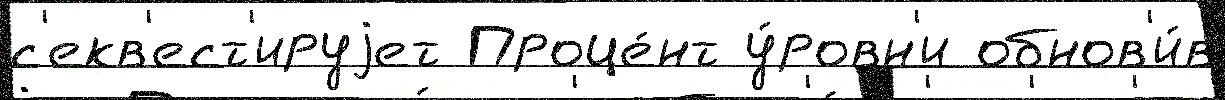
с'екв'ест'ируjет Проце́нт у́ровн'и обнов'и́в